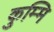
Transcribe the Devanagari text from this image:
कुम्मि